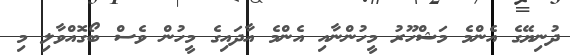
ދުނިޔޭގެ އެންމެ މަޝްހޫރު މީހުންނާއި އެންމެ އާދައިގެ މީހުން ވެސް ބޯގޮއްވާލި މި